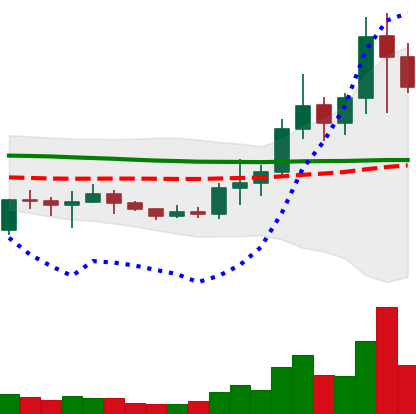
Ticker: NEO-USD
Chart end date: 2021-01-12
Forward return: 8.577%
Label: up_7plus